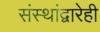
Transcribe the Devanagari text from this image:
संस्थांद्वारेही